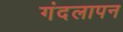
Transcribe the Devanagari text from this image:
गंदलापन